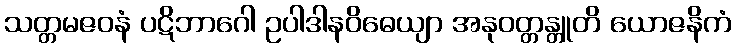
သတ္တမဇဝနံ ပဋိဘာဂေါ ဥပါဒါနဝိဓေယျာ အနုဝတ္တန္တူတိ ယောဇနိကံ